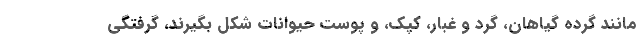
مانند گرده گیاهان، گرد و غبار، کپک، و پوست حیوانات شکل بگیرند، گرفتگی